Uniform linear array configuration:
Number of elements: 8
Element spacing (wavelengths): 1
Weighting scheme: hamming
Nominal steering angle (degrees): -45
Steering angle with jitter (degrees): -44.877
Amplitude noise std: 0.05
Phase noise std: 0.05

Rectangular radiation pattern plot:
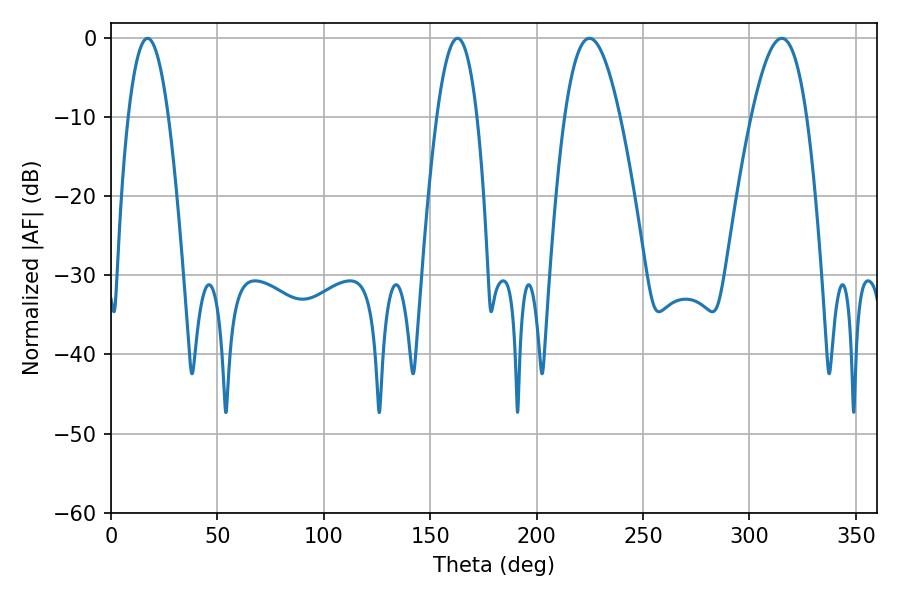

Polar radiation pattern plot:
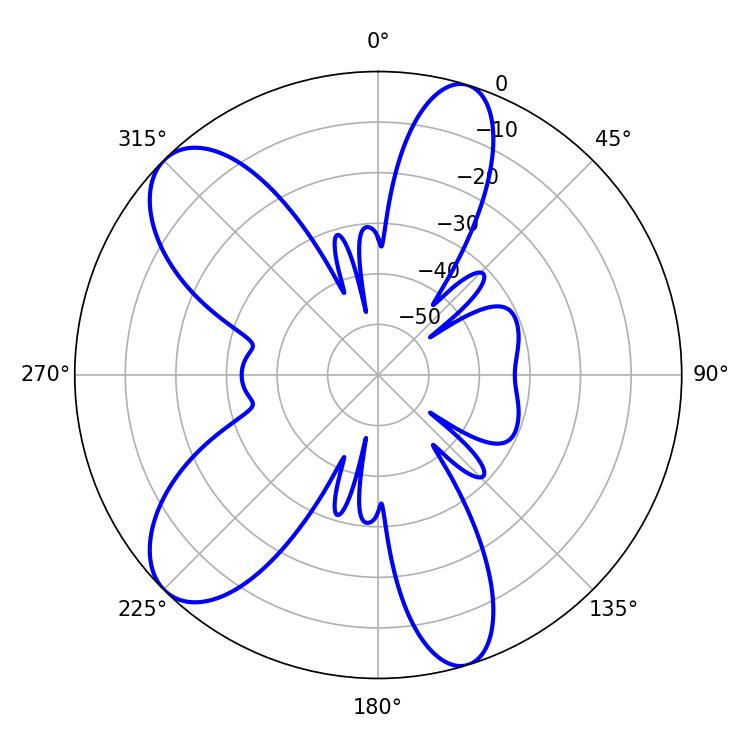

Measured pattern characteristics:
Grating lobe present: TRUE
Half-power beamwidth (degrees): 14.22
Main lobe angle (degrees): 315.18